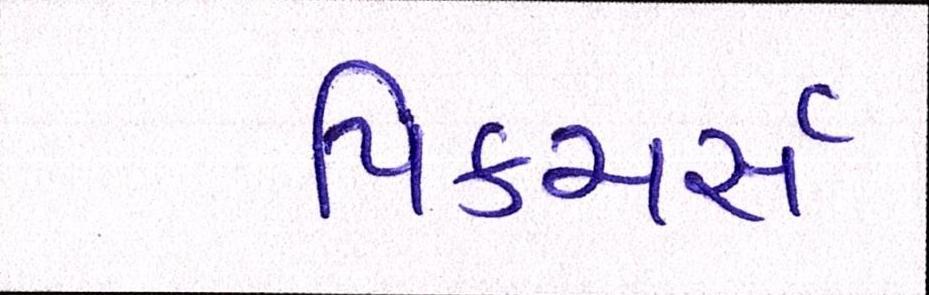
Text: પિક્ચર્સ